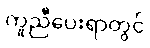
ကူညီပေးရာတွင်